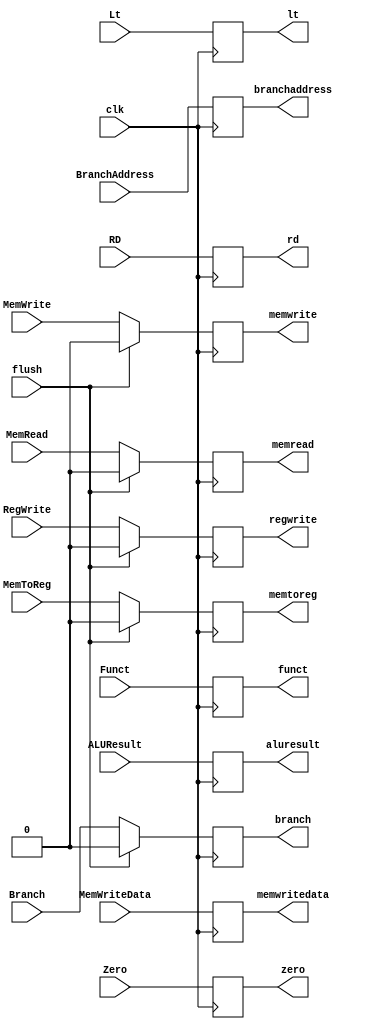
// This program was cloned from: https://github.com/AuraGuardian23/riscv_pipelined_processor
// License: MIT License

`timescale 1ns / 1ps
module EX_MEM(
    input clk, input flush,
   
    input wire MemToReg, input wire RegWrite, 
    input wire MemRead, input wire MemWrite, input wire Branch,
   
    input wire [63:0] BranchAddress, input Zero, input Lt,
    input wire [63:0] ALUResult, input wire [63:0] MemWriteData, input wire [4:0] RD,
    input [3:0] Funct,
   
    output reg memtoreg, regwrite, memread, memwrite, branch,
   
    output reg [63:0] branchaddress,
    output reg zero, lt,
    output reg [63:0] aluresult, memwritedata,
   
    output reg [4:0] rd,
    output reg [3:0] funct
    );
    
initial
begin
    memtoreg <= 0;
    regwrite <= 0;
    branch <= 0;
    memwrite <= 0;
    memread <= 0;
end
   
    always @ (posedge clk)
    begin
        if (flush)
        begin
            memtoreg <= 0;
            regwrite <= 0;
            memread <= 0;
            memwrite <= 0;
            branch <= 0;
        end
        else
        begin
            memtoreg <= MemToReg;
            regwrite <= RegWrite;
            memread <= MemRead;
            memwrite <= MemWrite;
            branch <= Branch;
        end
        branchaddress <= BranchAddress;
        zero = Zero;
        lt = Lt;
        aluresult <= ALUResult;
        memwritedata <= MemWriteData;
        rd <= RD;
        funct <= Funct;
    end
   
endmodule